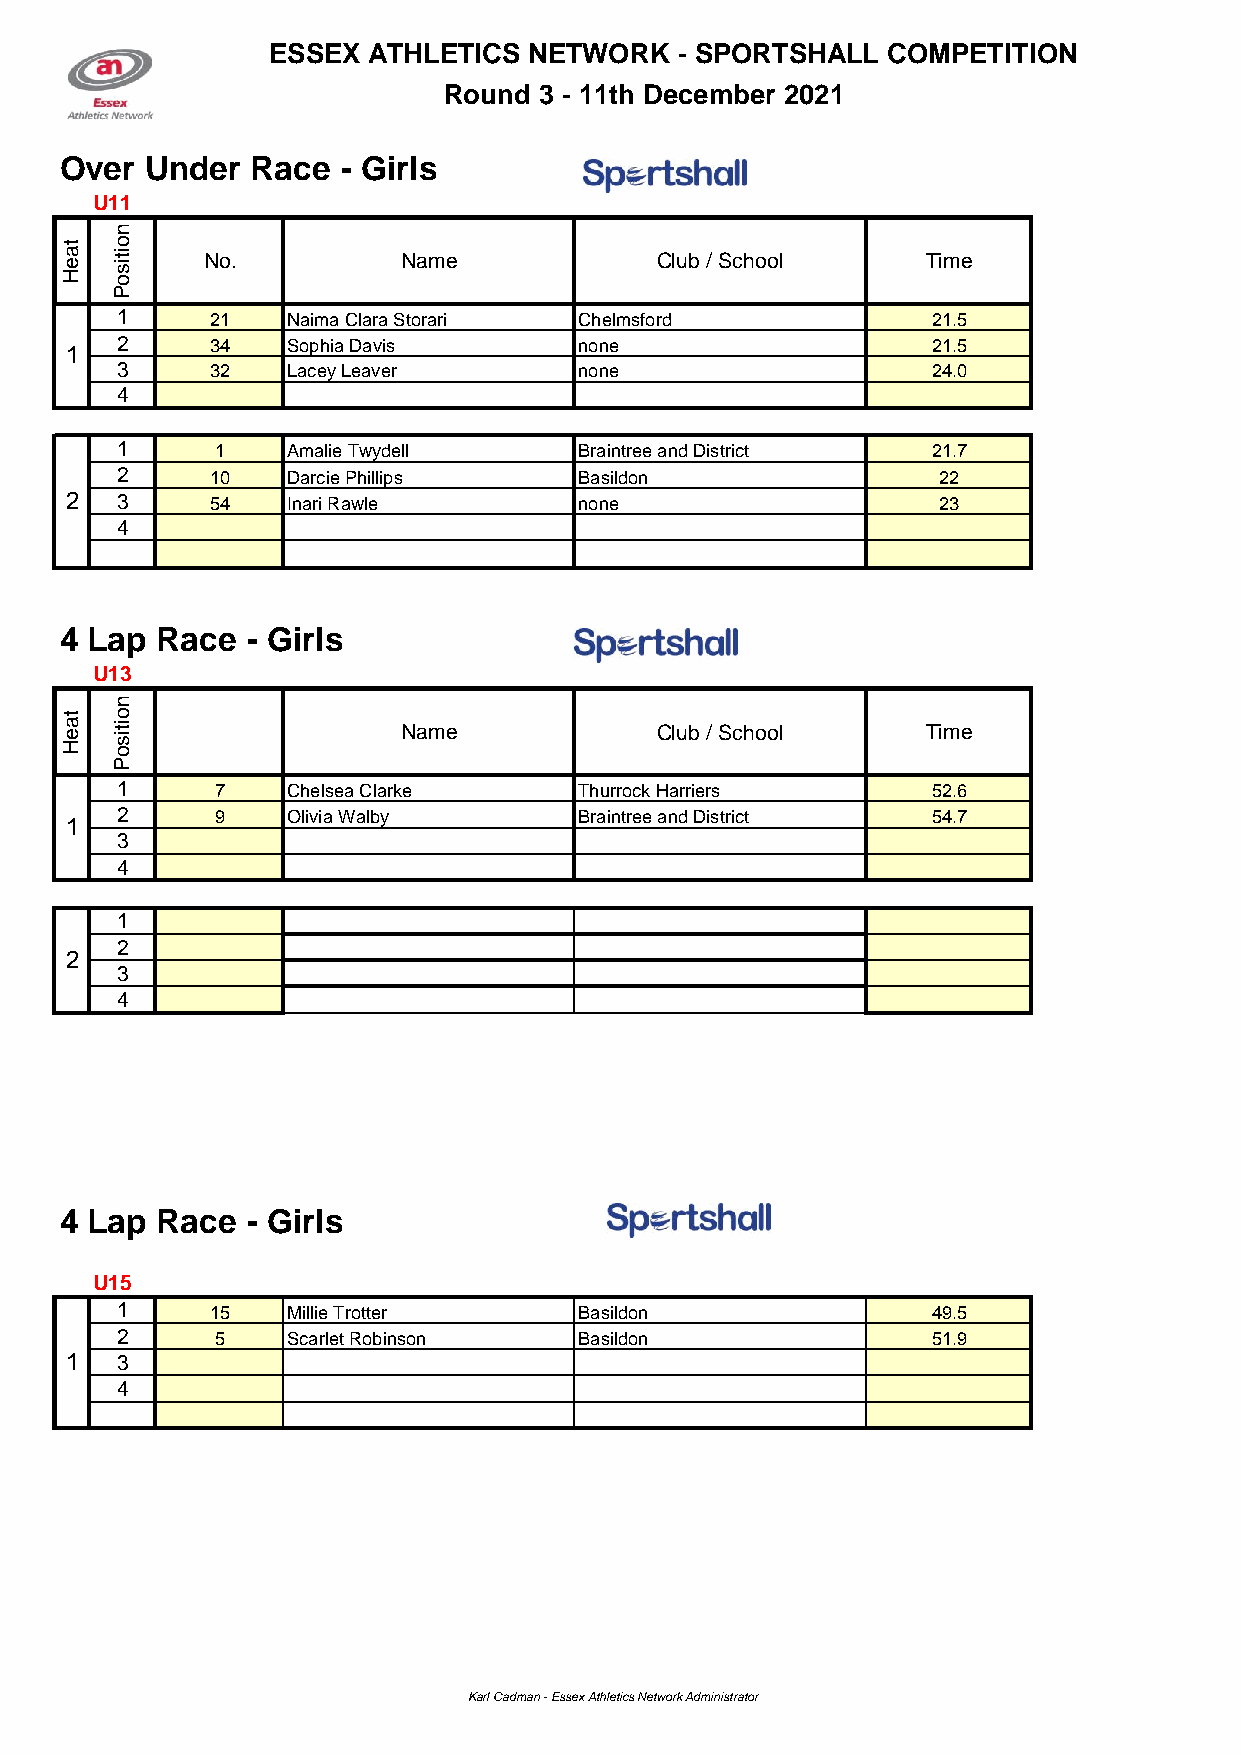
ESSEX ATHLETICS  NETWORK   - SPORTSHALL  COMPETITION
 Round  3 - 11th December 2021
 Over  Under  Race  - Girls
 U11
 n
 ta
 e
 H
 o
 itis
 o
 No.           Name            Club / School     Time
 P
 1     21   Naima Clara Storari Chelmsford             21.5
 2     34   Sophia Davis       none                    21.5
 1
 3     32   Lacey Leaver       none                    24.0
 4
 1     1    Amalie Twydell     Braintree and District  21.7
 2     10   Darcie Phillips    Basildon                22
 2   3     54   Inari Rawle        none                    23
 4
 4 Lap Race  - Girls
 U13
 n
 ta
 e
 H
 o
 itis
 o
 Name            Club / School     Time
 P
 1     7    Chelsea Clarke     Thurrock Harriers       52.6
 2     9    Olivia Walby       Braintree and District  54.7
 1
 3
 4
 1
 2
 2
 3
 4
 4 Lap Race  - Girls
 U15
 1     15   Millie Trotter     Basildon                49.5
 2     5    Scarlet Robinson   Basildon                51.9
 1   3
 4
 Karl Cadman - Essex Athletics Network Administrator